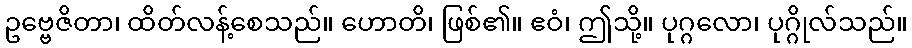
ဥဗ္ဗေဇိတာ၊ ထိတ်လန့်စေသည်။ ဟောတိ၊ ဖြစ်၏။ ဧဝံ၊ ဤသို့။ ပုဂ္ဂလော၊ ပုဂ္ဂိုလ်သည်။